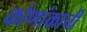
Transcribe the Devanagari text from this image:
कोणांकाची